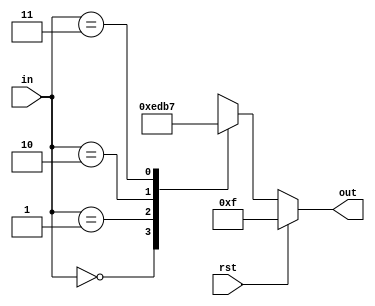
`timescale 1ns / 1ps
module decoder2_4(in,out,rst);

input rst;
input [1:0] in;
output reg [3:0] out;

always@(*)begin
    if(rst)
        out = 4'b1111;
    else begin
        case(in)
            2'b00: out = 4'b1110;
            2'b01: out = 4'b1101;
            2'b10: out = 4'b1011;
            2'b11: out = 4'b0111;
        endcase
    end
end


endmodule